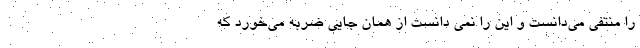
را منتفی می‌دانست و این را نمی دانست از همان جایی ضربه می‌خورد که